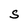
Character: S